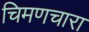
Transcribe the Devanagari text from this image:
चिमणचारा